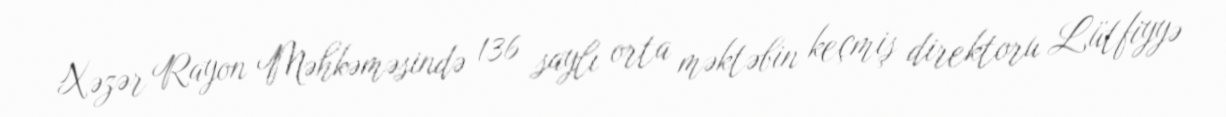
Xəzər Rayon Məhkəməsində 136 saylı orta məktəbin keçmiş direktoru Lütfiyyə